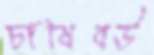
চাষিবউ